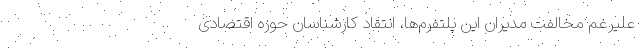
علیرغم مخالفت مدیران این پلتفرم‌ها، انتقاد کارشناسان حوزه اقتصادی